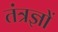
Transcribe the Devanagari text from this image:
तंत्रज्ञों